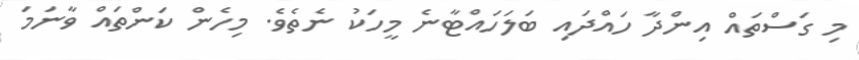
މި ގަސްތައް އިންދާ ހައްދައި ބަލަހައްޓާނެ މީހަކު ނެތެވެ. މިހެން ކަންތައް ވާނަމަ